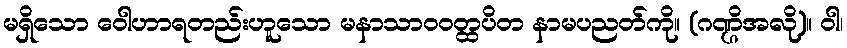
မရှိသော ဝေါဟာရတည်းဟူသော မနာသာဝဝတ္ထပိတ နာမပညတ်ကို။ (ဂဏ္ဌိအလို)။ ဝါ၊